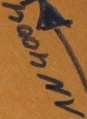
Text: 1N4004